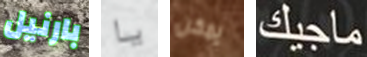
بارنيل يا يمكن ماجيك